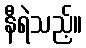
နီရဲသည့်။